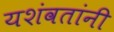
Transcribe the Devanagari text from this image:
यशंवतांनी